Vaccination in Bombay 1889-1901 - 1889-1901
Year: 1889
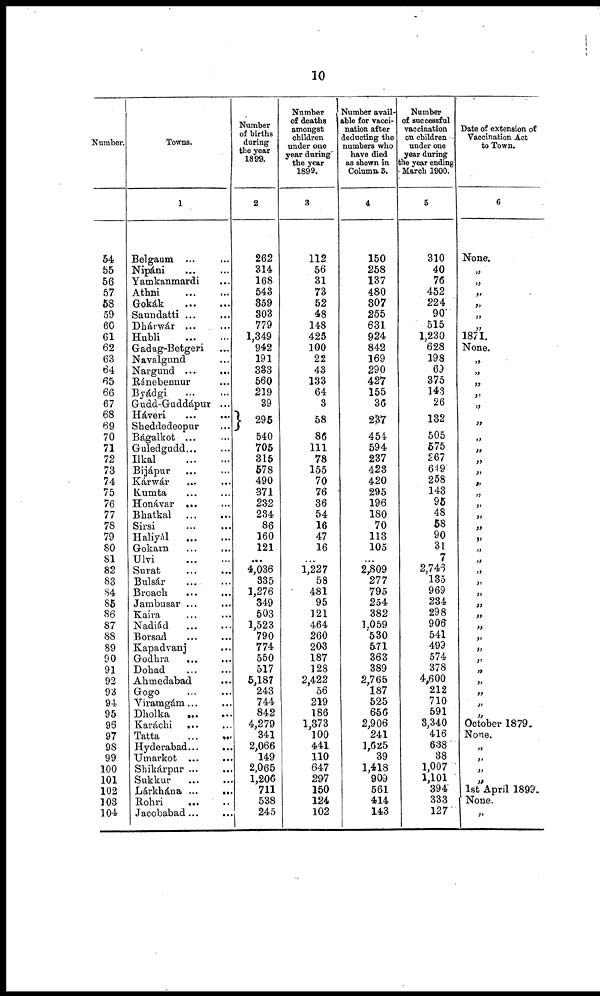
10
Number.
54
55
56
57
58
59
60
61
62
63
64
65
66
67
68
69
70
71
72
73
74
75
76
77
78
79
80
81
82
83
84
85
86
87
88
89
90
91
92
93
94
95
96
97
98
99
100
101
102
103
104
Towns.
1
Belgaum ... ...
Nipáni ... ...
Yamkanmardi ... ...
Athni ... ...
Gokák
...
...
Saundatti ...
Dhárwár ... ...
Hubli ... ...
Gadag-Betgeri ...
Navalgund ...
Nargund ... ...
Ránebennur ... ...
Byádgi
...
...
Gudd-Guddápur ...
Háveri ... ...
Sheddedeopur ...
Bágalkot ... ...
Guledgudd... ...
Ilkal
...
...
Bijápur ... ...
Kárwár ... ...
Kumta ... ...
Honávar ... ...
Bhatkal ... ...
Sirsi ... ...
Haliyál
...
...
Gokarn ... ...
Ulvi
...
...
Surat ... ...
Bulsár ... ...
Broach ... ...
Jambusar ... ...
Kaira ... ...
Nadiád
...
...
Borsad ... ...
Kapadvanj ... ...
Godhra ... ...
Dohad ... ...
Ahmedabad
...
Gogo ... ...
Viramgám...
Dholka
... ...
Karáchi
... ...
Tatta
...
...
Hyderabad...
Umarkot ...
...
Shikárpur ... ...
Sukkur ... ...
Lárkhána ...
...
Rohri ... ...
Jacobabad...
...
Number
of births
during
the year
1899.
2
262
314
168
543
359
303
779
1,349
942
191
333
560
219
39
295
540
705
315
578
490
371
232
234
86
160
121
...
4,036
835
1,276
349
503
1,523
790
774
550
517
5,187
243
744
842
4,279
341
2,066
149
2,065
1,206
711
538
245
Number
of deaths
amongst
children
under one
year during
the year
1899.
3
112
56
31
73
52
48
148
425
100
22
43
133
64
3
58
86
111
78
155
70
76
36
54
16
47
16
...
1,227
58
481
95
121
464
260
203
187
128
2,422
56
219
186
1,373
100
441
110
647
297
150
124
102
Number avail¬
able for vacci-
nation after
deducting the
numbers who
have died
as shown in
Column. 3.
4
150
258
137
480
307
255
631
924
842
169
290
427
155
36
237
454
594
237
423
420
295
196
180
70
113
105
...
2,809
277
795
254
382
1,059
530
571
363
389
2765
187
525
656
2,906
241
1,625
39
1,418
909
561
414
143
Number
of successful
vaccination
on children
under one
year during
the year ending
March 1900.
5
310
40
76
452
224
90
515
1,230
628
198
69
375
143
26
132
505
575
267
649
258
143
95
48
58
90
31
7
2,746
135
969
234
298
906
541
499
574
378
4,600
212
710
591
3,340
416
638
38
1,007
1,101
394
333
127
Date of extension of
Vaccination Act
to Town.
6
None.
„
„
„
„
„
„
1871.
None.
„
„
„
„
„
„
„
„
„
„
„
„
„
„
„
„
„
„
„
„
„
„
„
„
„
„
„
„
„
„
„
„
October 1879.
None.
„
„
„
„
1st April 1899.
None.
„